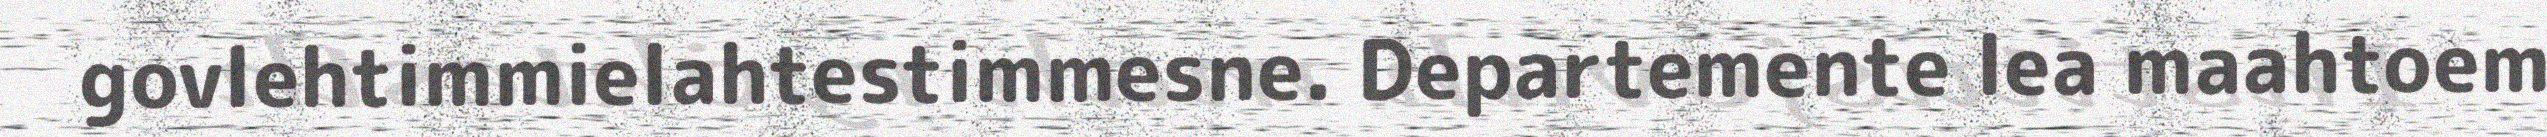
govlehtimmielahtestimmesne. Departemente lea maahtoem